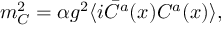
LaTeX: m _ { C } ^ { 2 } = \alpha g ^ { 2 } \langle i \bar { C } ^ { a } ( x ) C ^ { a } ( x ) \rangle ,